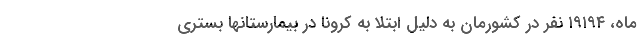
ماه، ۱۹۱۹۴ نفر در کشورمان به دلیل ابتلا به کرونا در بیمارستانها بستری